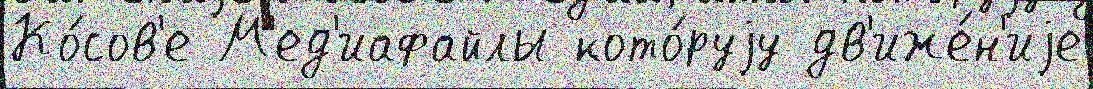
Ко́сов'е М'ед'иафайлы кото́руjу дв'иже́н'иjе